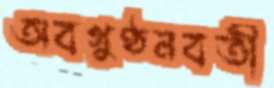
অবগুণ্ঠনবতী